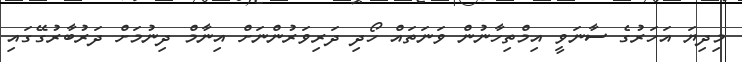
މިދިޔަ އަހަރުގެ ސާނަވީ އިމްތިހާނުން ވަނަތައް ހޯދި ދަރިވަރުންނަށް އިނާމް ދިނުމަށް ދަރުބާރުގޭގައި